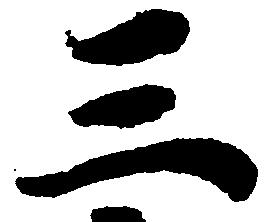
三